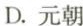
D.元朝